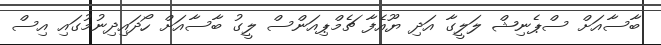
ބާސާއަށް ސްޕެނިޝް ލަލީގާ އަދި ޔޫއެފާ ޗެމްޕިއަންސް ލީގު ބާސާއަށް ހޯދައިދިނުމުގައި އިސް